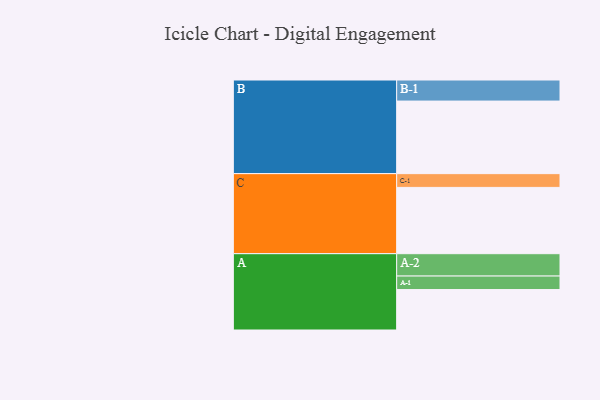
{"axis": {"x": "Segment", "y": "Value"}, "legend": ["", "A", "B", "C"], "data": [{"x": "A", "y": 315, "type": ""}, {"x": "B", "y": 565, "type": ""}, {"x": "C", "y": 516, "type": ""}, {"x": "A-1", "y": 105, "type": "A"}, {"x": "A-2", "y": 174, "type": "A"}, {"x": "B-1", "y": 164, "type": "B"}, {"x": "C-1", "y": 107, "type": "C"}]}